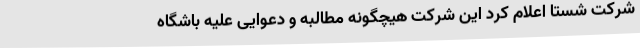
شرکت شستا اعلام کرد این شرکت هیچگونه مطالبه‌ و دعوایی علیه باشگاه